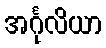
အင်္ဂုလိယာ